Vital statistics of India. Vol. V, Reports of 1876 on armies & jails and on epidemic cholera
Year: 1876
Disease focus: Cholera
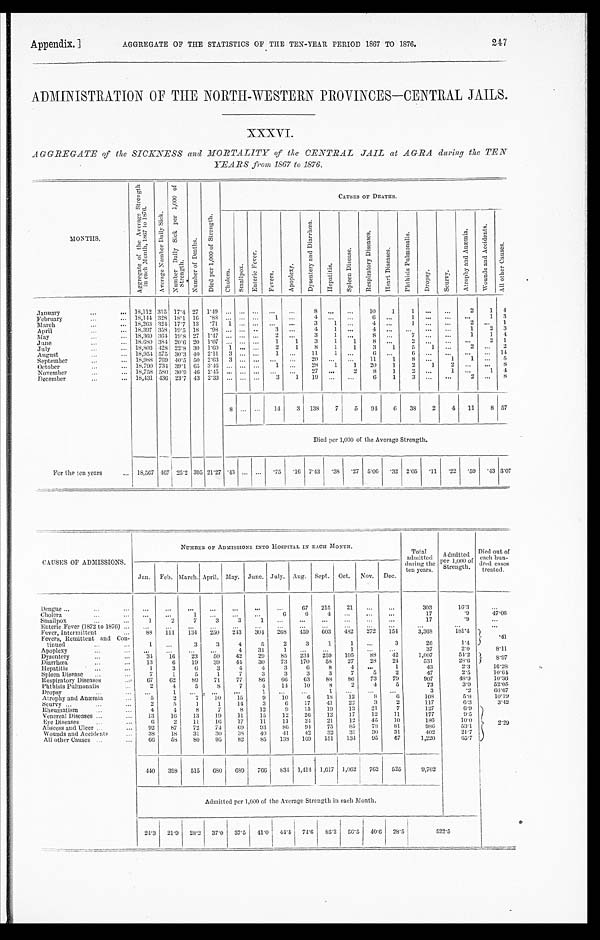
Appendix.] AGGREGATE OF THE STATISTICS OF THE TEN-YEAR PERIOD 1867 TO 1876. 247
ADMINISTRATION OF THE NORTH-WESTERN PROVINCES-CENTRAL JAILS.
XXXVI.
AGGREGATE of the SICKNESS and MORTALITY of the CENTRAL JAIL at AGRA during the TEN
YEARS from 1867 to 1876.
MONT HS .
A g g r e g a t e o f t h e A v e r a g e S t r e n g t h i n e a c h M o n t h , 1 8 6 7 t o 1 8 7 6 . A v e r a g e N u m b e r D a i l y S i c k .
N u m b e r D a i l y S i c k p e r 1 , 0 0 0 o f S t r e n g t h .
N u m b e r o f D e a t h s .
D i e d p e r 1 , 0 0 0 o f S t r e n g t h .
CAUSES OF DEATHS.
C h o l e r a .
S m a l l p o x .
E n t e r i c F e v e r .
F e v e r s .
A p o p l e x y .
D y s e n t e r y a n d D i a r r h œ a .
H e p a t i t i s .
S p l e e n D i s e a s e . R e s p i r a t o r y D i s e a s e s .
H e a r t D i s e a s e s .
P h t h i s i s P u l m o n a l i s .
D r o p s y .
S c u r v y .
A t r o p h y a n d A n æ m i a .
W o u n d s a n d A c c i d e n t s .
A l l o t h e r C a u s e s .
January
18,112 315 17.4 27 1.49 ... ... ... ...
. . .
8 . . .
...
10
1
1
. . .
. . . 2
1 4
February
18,144 328 18.1 16 .88 ... ... ...
1
. . .
4
. . .
. . . 6
. . .
1 . . .
. . .
. . . 1 3
March
18,263 324 17.7 13 .71 1 ... ... ...
...
3
1
. . . 4
. . .
1
. . .
. . . 2 ...
1
April
18,397 358 19.5 18 .98 ... ... ..
3
. . .
4
1 ...
4
. . . ...
... ...
1
2 3
May
18,369 364 19.8 27 1.47 ... ... ...
2
. . .
3
1
. . .
8 . . .
7
. . .
. . .
1
1
4
June
18.680 384 20.6 20 1.07
. . . . . .
...
1
1
3
1
1
8 ...
2
. . .
. . . . . .
2 1
July
18,803 428 22.8 30 1.60 1 . . . ...
2 1
8 1
1
3 1
5
1 ...
2 ...
2
August
18,954 575 30.3 40 2.11 3 . . . ...
1 . . .
1 1
1
. . .
6 . . .
6 ...
. . .
... ...
1 4
September
18,988 769 40.5 50 2.63 3 ... ...
. . .
...
20
. . .
. . .
1 1 1
8 . . .
1
1
. . . 5
October
18,790 734 39.1 65 3.46 ... ... ...
1 ...
2 8
1
1
2 0
1
2 1
2
. . .
. . . 8
November
18,758 580 30.9 46 2.45 ... ... ...
. . . . . .
27 ...
2
8
1
2 . . .
1 ...
1 4
December
18,431 436 23.7 43 2.33 ... ... ...
3
1
1 9
. . .
. . .
6
1
3 ... ...
2
...
8
8 . . . ... 14
3 138
7
5 94
6 38
2
4 11
8 57
Died per 1,000 of the Average Strength.
For the ten years
18,567 46
2 5 . 2 305 21.27 .43 ... ... .75 .16 7.43 .38 .27 5.06 .32 2.05 .11 .22 .59 .43 3.07
CAUSES OF ADMISSIONS.
NUMBER OF ADMISSIONS INTO HOSPITAL IN EACH MONTH.
Total
a d m i t t e d d u r i n g t h e
ten years.
Admitted p e r 1 , 0 0 0 o f
Strength.
Died out of
e a c h h u n - d r e d c a s e s t r e a t e d .
Jan. Feb. March. April. May. June. July. Aug. Sept. Oct. Nov. Dec.
Dengue
...
...
...
...
...
...
. . .
67 215
21 ...
...
303
16.3
. . .
Cholera
. . .
. . .
1
. . . ...
. . .
6 . . .
6
4
... ... ...
17
. 9
47.06
Smallpox
1
2
7
3
3
1
. . . ...
...
. . .
. . .
...
17
.9
...
Enteric Fever (1872 to 1876)
. . .
...
. . .
. . .
...
. . .
...
. . .
. . .
. . .
. . .
. . .
. . .
. . .
. . .
Fever, Intermittent
88 111 134 250 243 304 268 459 603 482 272 154
3,368
181.4 .41
Fevers, Remittent and Con-
tinued
1 ...
3
3
4
5
2
3
1
1 ...
3
26
1.4
Apoplexy
...
...
...
...
4
31
1 ...
. . .
1 ...
. . .
37
2.0
8.11
Dysentery
34 16
23
50
42
29
85 234 259 105
88 42
1,007
54.2
8 . 9 7
Diarrhœa
13
6
19
39
44 30
73 170
58
27
28
24
531
28.6
Hepatitis
1
3
6
3
4
4
3
6
8
4 ... 1
43
2 . 3
16.28
Spleen Disease
7
1
5
1
7
3
3
3
3
7
5
2
47
2 . 5
10.64
Respiratory Diseases
67
62
89
71
77
86
6 6 63
88
86
73 79
907
4 8 . 9
1 0 . 3 6
Phthi si s Pul monal i s
2
4
5
8
7
4
14 10
8
2
4
5
73
3 . 9
5 2 . 0 5
Dropsy
. . . 1 . . .
. . . ...
1
. . . ...
1
... . . .
. . .
3
.2
6 6 . 6 7
Atrophy and Anæmia
5
2
7
10
15
9
10
6
18
12
8
6
1 0 8
5 . 8
10.19
Scurvy
2
5
1
1
14
3
6
17
4 1
22
3
2
117
6.3
3.42
Rheumatism
4
4
8
7
8
12
9 15 19
13
21
7
127
6.9
2.29
Venereal Diseases
13
16
13
19
11
15
12
26
12
17
12
11
177
9 . 5
Eye Diseases
6
2
11
16
17
11
11
24
21
12
45
10
186
10.0
Abscess and Ulcer
92
87
72
74
69
93
86
94 75
85
78
81
9 8 6
5 3 . 1
Wounds and Accidents
38
18
31
30
38
40
41
42
32
31
30
31
402
21.7
All other Causes
66
58
80 95
82
85 138 169 151 134 95
6 7 1,220
65.7
440 398 515 680 689 766 834 1,414 1,617 1,062 762 525
9,702
Admitted per 1,000 of the Average Strength in each Month.
24.3 21.9 2 8 . 2
37.0 37.5 41.0
4 4 . 4
74.6 85.2 56.5 40.6 28.5
522.5